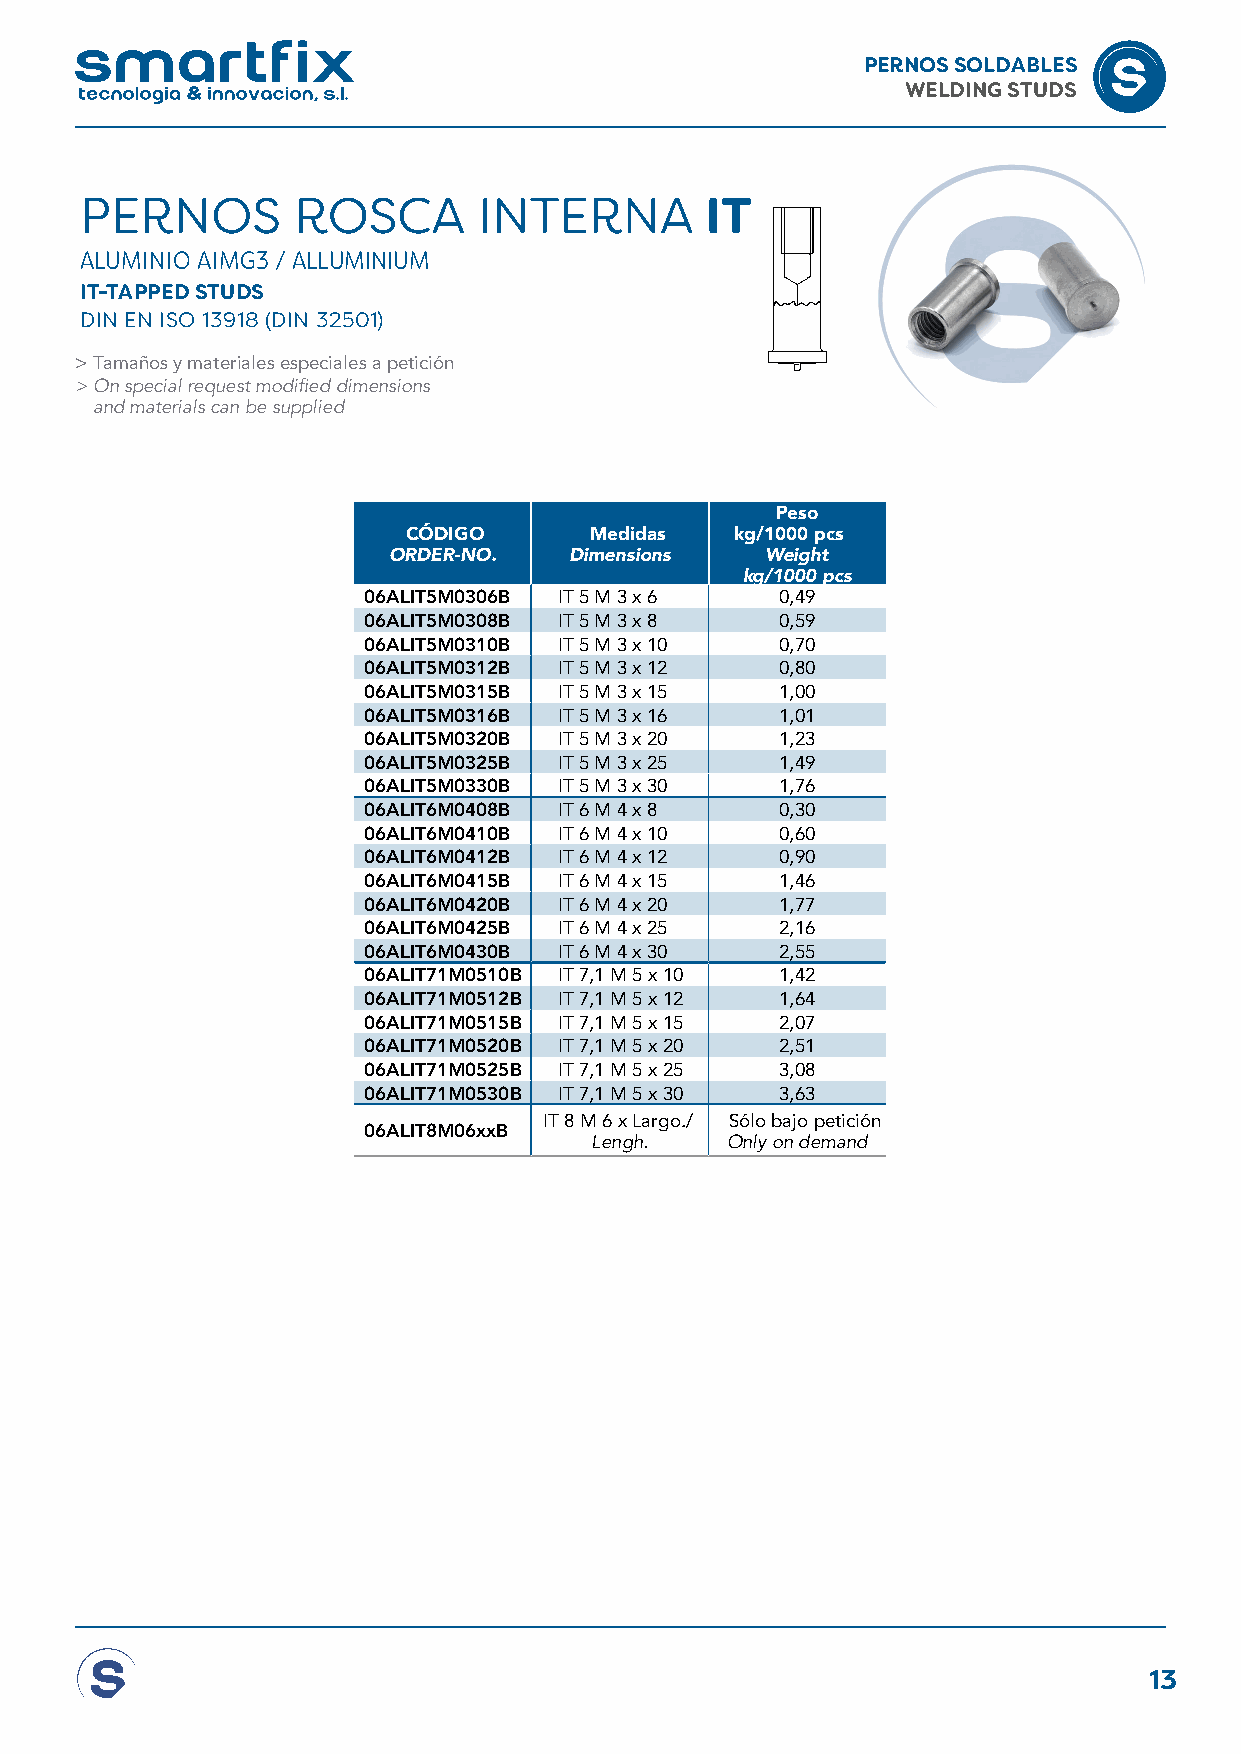
PERNOS SOLDABLES
 WELDING STUDS
 PERNOS        ROSCA        INTERNA        IT
 ALUMINIO AIMG3 / ALLUMINIUM
 IT-TAPPED STUDS
 DIN EN ISO 13918 (DIN 32501)
 > Tamaños y materiales especiales a petición
 > On special request modified dimensions
 and materials can be supplied
 Peso
 CÓDIGO      Medidas   kg/1000 pcs
 ORDER-NO.   Dimensions   Weight
 kg/1000 pcs
 06ALIT5M0306B IT 5 M 3 x 6  0,49
 06ALIT5M0308B IT 5 M 3 x 8  0,59
 06ALIT5M0310B IT 5 M 3 x 10 0,70
 06ALIT5M0312B IT 5 M 3 x 12 0,80
 06ALIT5M0315B IT 5 M 3 x 15 1,00
 06ALIT5M0316B IT 5 M 3 x 16 1,01
 06ALIT5M0320B IT 5 M 3 x 20 1,23
 06ALIT5M0325B IT 5 M 3 x 25 1,49
 06ALIT5M0330B IT 5 M 3 x 30 1,76
 06ALIT6M0408B IT 6 M 4 x 8  0,30
 06ALIT6M0410B IT 6 M 4 x 10 0,60
 06ALIT6M0412B IT 6 M 4 x 12 0,90
 06ALIT6M0415B IT 6 M 4 x 15 1,46
 06ALIT6M0420B IT 6 M 4 x 20 1,77
 06ALIT6M0425B IT 6 M 4 x 25 2,16
 06ALIT6M0430B IT 6 M 4 x 30 2,55
 06ALIT71M0510B IT 7,1 M 5 x 10 1,42
 06ALIT71M0512B IT 7,1 M 5 x 12 1,64
 06ALIT71M0515B IT 7,1 M 5 x 15 2,07
 06ALIT71M0520B IT 7,1 M 5 x 20 2,51
 06ALIT71M0525B IT 7,1 M 5 x 25 3,08
 06ALIT71M0530B IT 7,1 M 5 x 30 3,63
 IT 8 M 6 x Largo./ Sólo bajo petición
 06ALIT8M06xxB
 Lengh.   Only on demand
 13